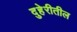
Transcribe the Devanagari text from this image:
दुहेरीतील